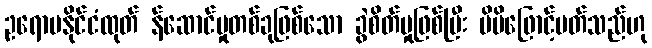
ဥရောပနိုင်ငံထုတ် န်ဆောင်မှုတစ်ခုဖြစ်သော ခွဲစိတ်မှုဖြစ်ပြီး မိမိဖြောင့်မတ်သည်ဟု